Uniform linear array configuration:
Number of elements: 32
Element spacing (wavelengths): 0.75
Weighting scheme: exponential
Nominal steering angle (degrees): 45
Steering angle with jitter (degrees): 44.477
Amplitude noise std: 0.05
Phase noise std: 0.05

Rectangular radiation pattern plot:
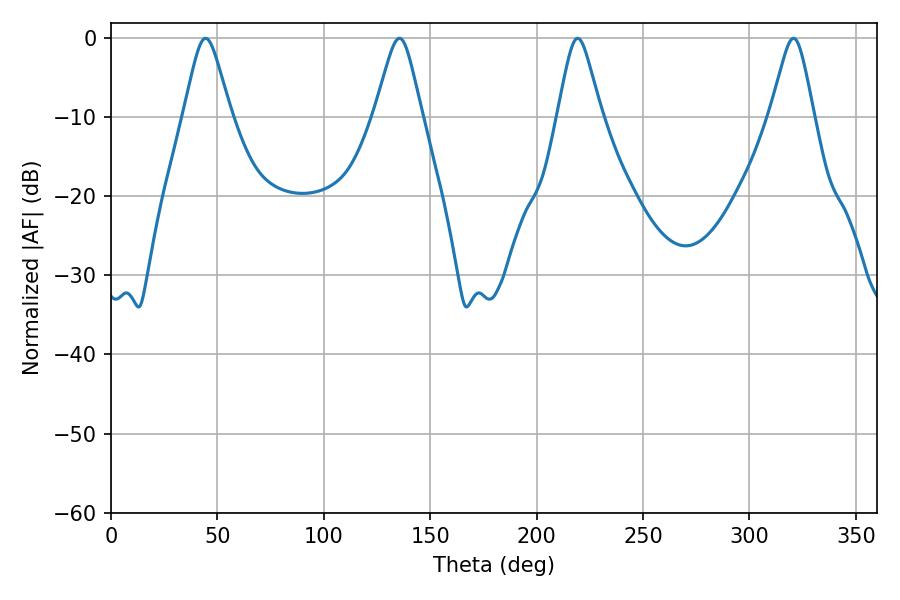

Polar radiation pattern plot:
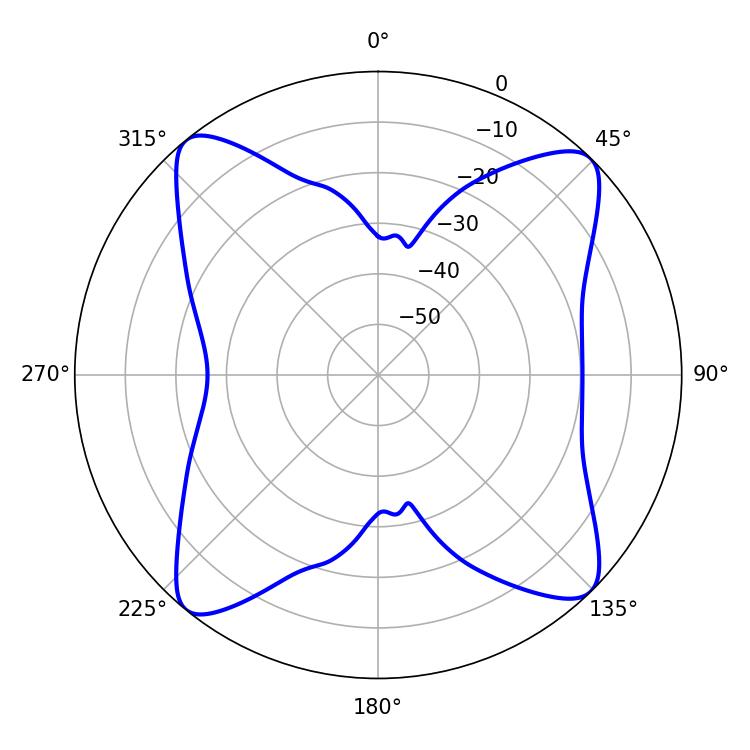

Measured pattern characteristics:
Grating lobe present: TRUE
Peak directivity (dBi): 15.563
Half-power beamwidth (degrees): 10.44
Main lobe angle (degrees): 44.46